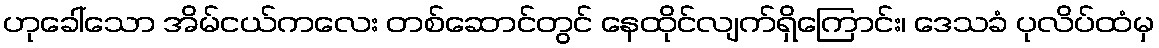
ဟုခေါ်သော အိမ်ငယ်ကလေး တစ်ဆောင်တွင် နေထိုင်လျက်ရှိကြောင်း၊ ဒေသခံ ပုလိပ်ထံမှ